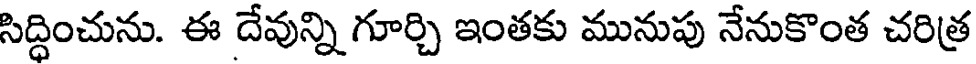
సిద్ధించును. ఈ దేవున్ని గూర్చి ఇంతకు మునుపు నేనుకొంత చరిత్ర